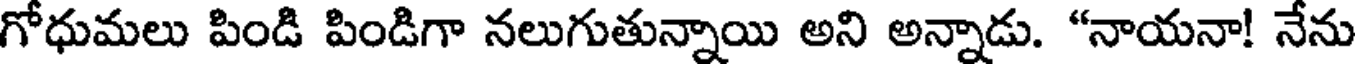
గోధుమలు పిండి పిండిగా నలుగుతున్నాయి అని అన్నాడు. "నాయనా! నేను